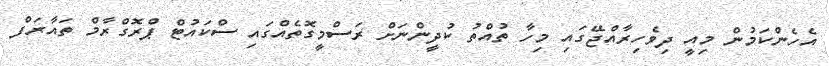
އެހެންކަމުން މިއީ ދިވެހިރާއްޖޭގައި މިހާ ތުއްތު ކުދީންނަށް ރަސްމީގޮތެއްގައި ސްކައުޓް ޕްރޮގްރާމް ތައާރަފް